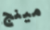
مينج